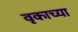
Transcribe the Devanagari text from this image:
वृकाच्या